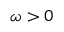
\omega > 0